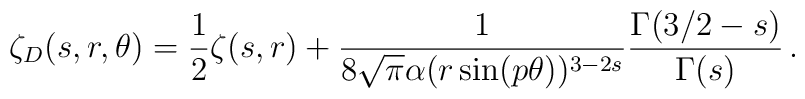
\zeta_D(s,r,\theta)=\frac{1}{2}\zeta(s,r)+\frac{1}{8\sqrt \pi \alpha(r \sin(p\theta))^{3-2s}}\frac{\Gamma(3/2-s)}{\Gamma(s)}\,{.}